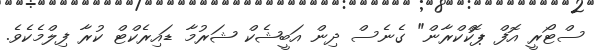
ސްޓޯރީ އޮފް ޕޮކްކްރާން" ގެނެސް ދިން އަބީޝެކް ޝަރުމާ ޑައިރެކްޓް ކުރާ ފިލްމެކެވެ.